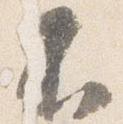
不